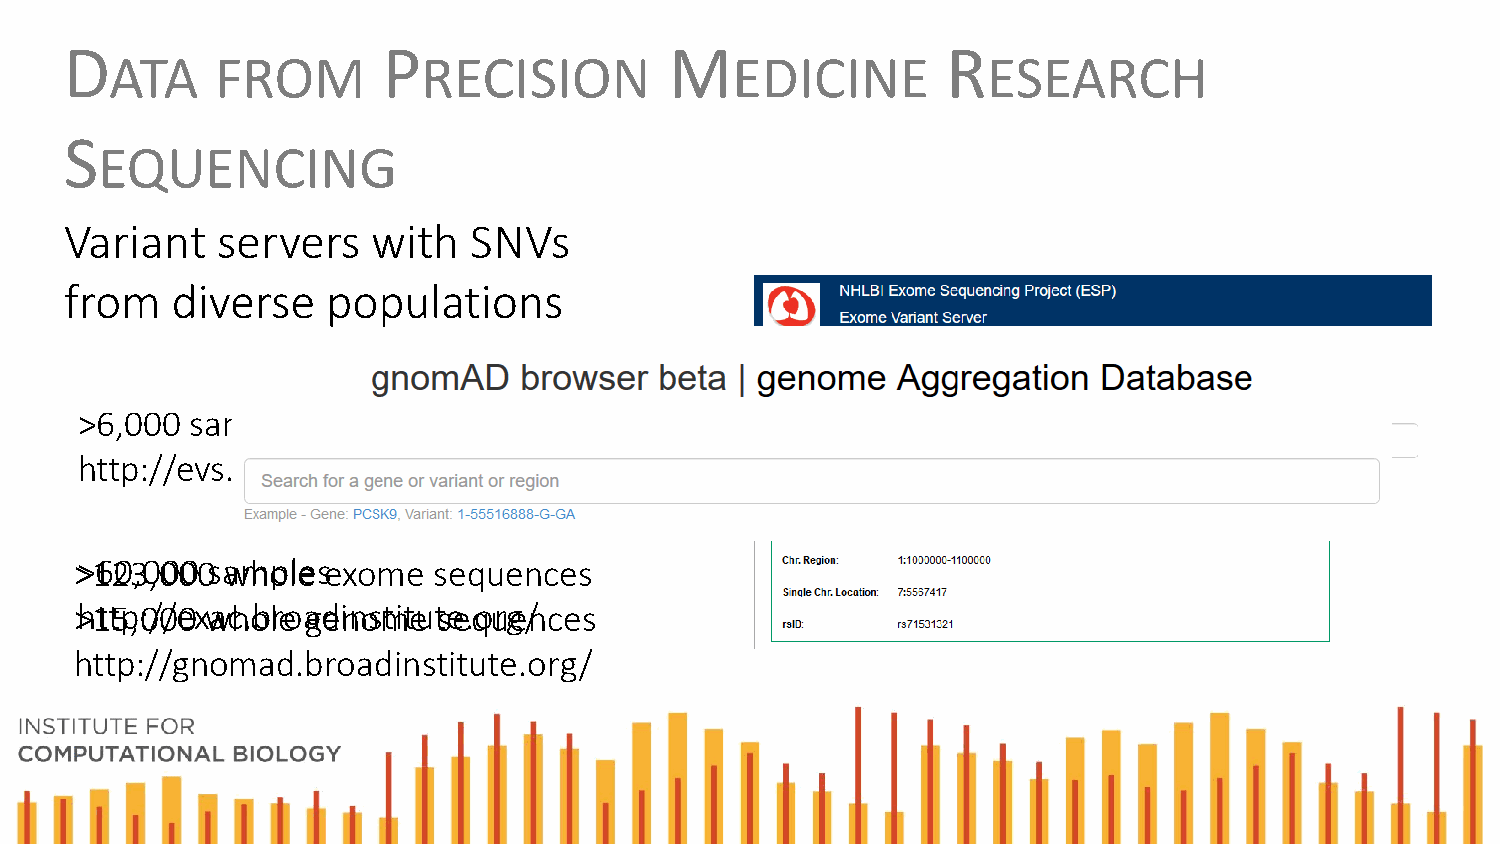
D                    P                  M                  R
 ATA    FROM          RECISION            EDICINE          ESEARCH
 S
 EQUENCING
 Variant   servers    with  SNVs
 from   diverse    populations
 >6,000  samples
 http://evs.gs.washington.edu/EVS/
 >>16203,0,00000 s awmhopllee sexome sequences
 >h1tt5p,0:/0/e0x wach.oblreo agdeinnosmtiteu tsee.qourge/nces
 http://gnomad.broadinstitute.org/